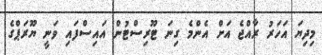
މިދިޔަ އަހަރު ރާއްޖެ އަށް އެންމެ ގިނަ ޓޫރިސްޓުން އައިސްފައި ވަނީ ޔޫރަޕްގެ